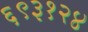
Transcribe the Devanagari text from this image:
६९३१२४